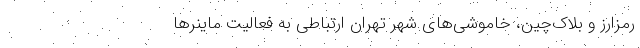
رمزارز و بلاک‌چین، خاموشی‌های شهر تهران ارتباطی به فعالیت ماینرها